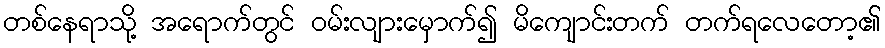
တစ်နေရာသို့ အရောက်တွင် ဝမ်းလျားမှောက်၍ မိကျောင်းတက် တက်ရလေတော့၏